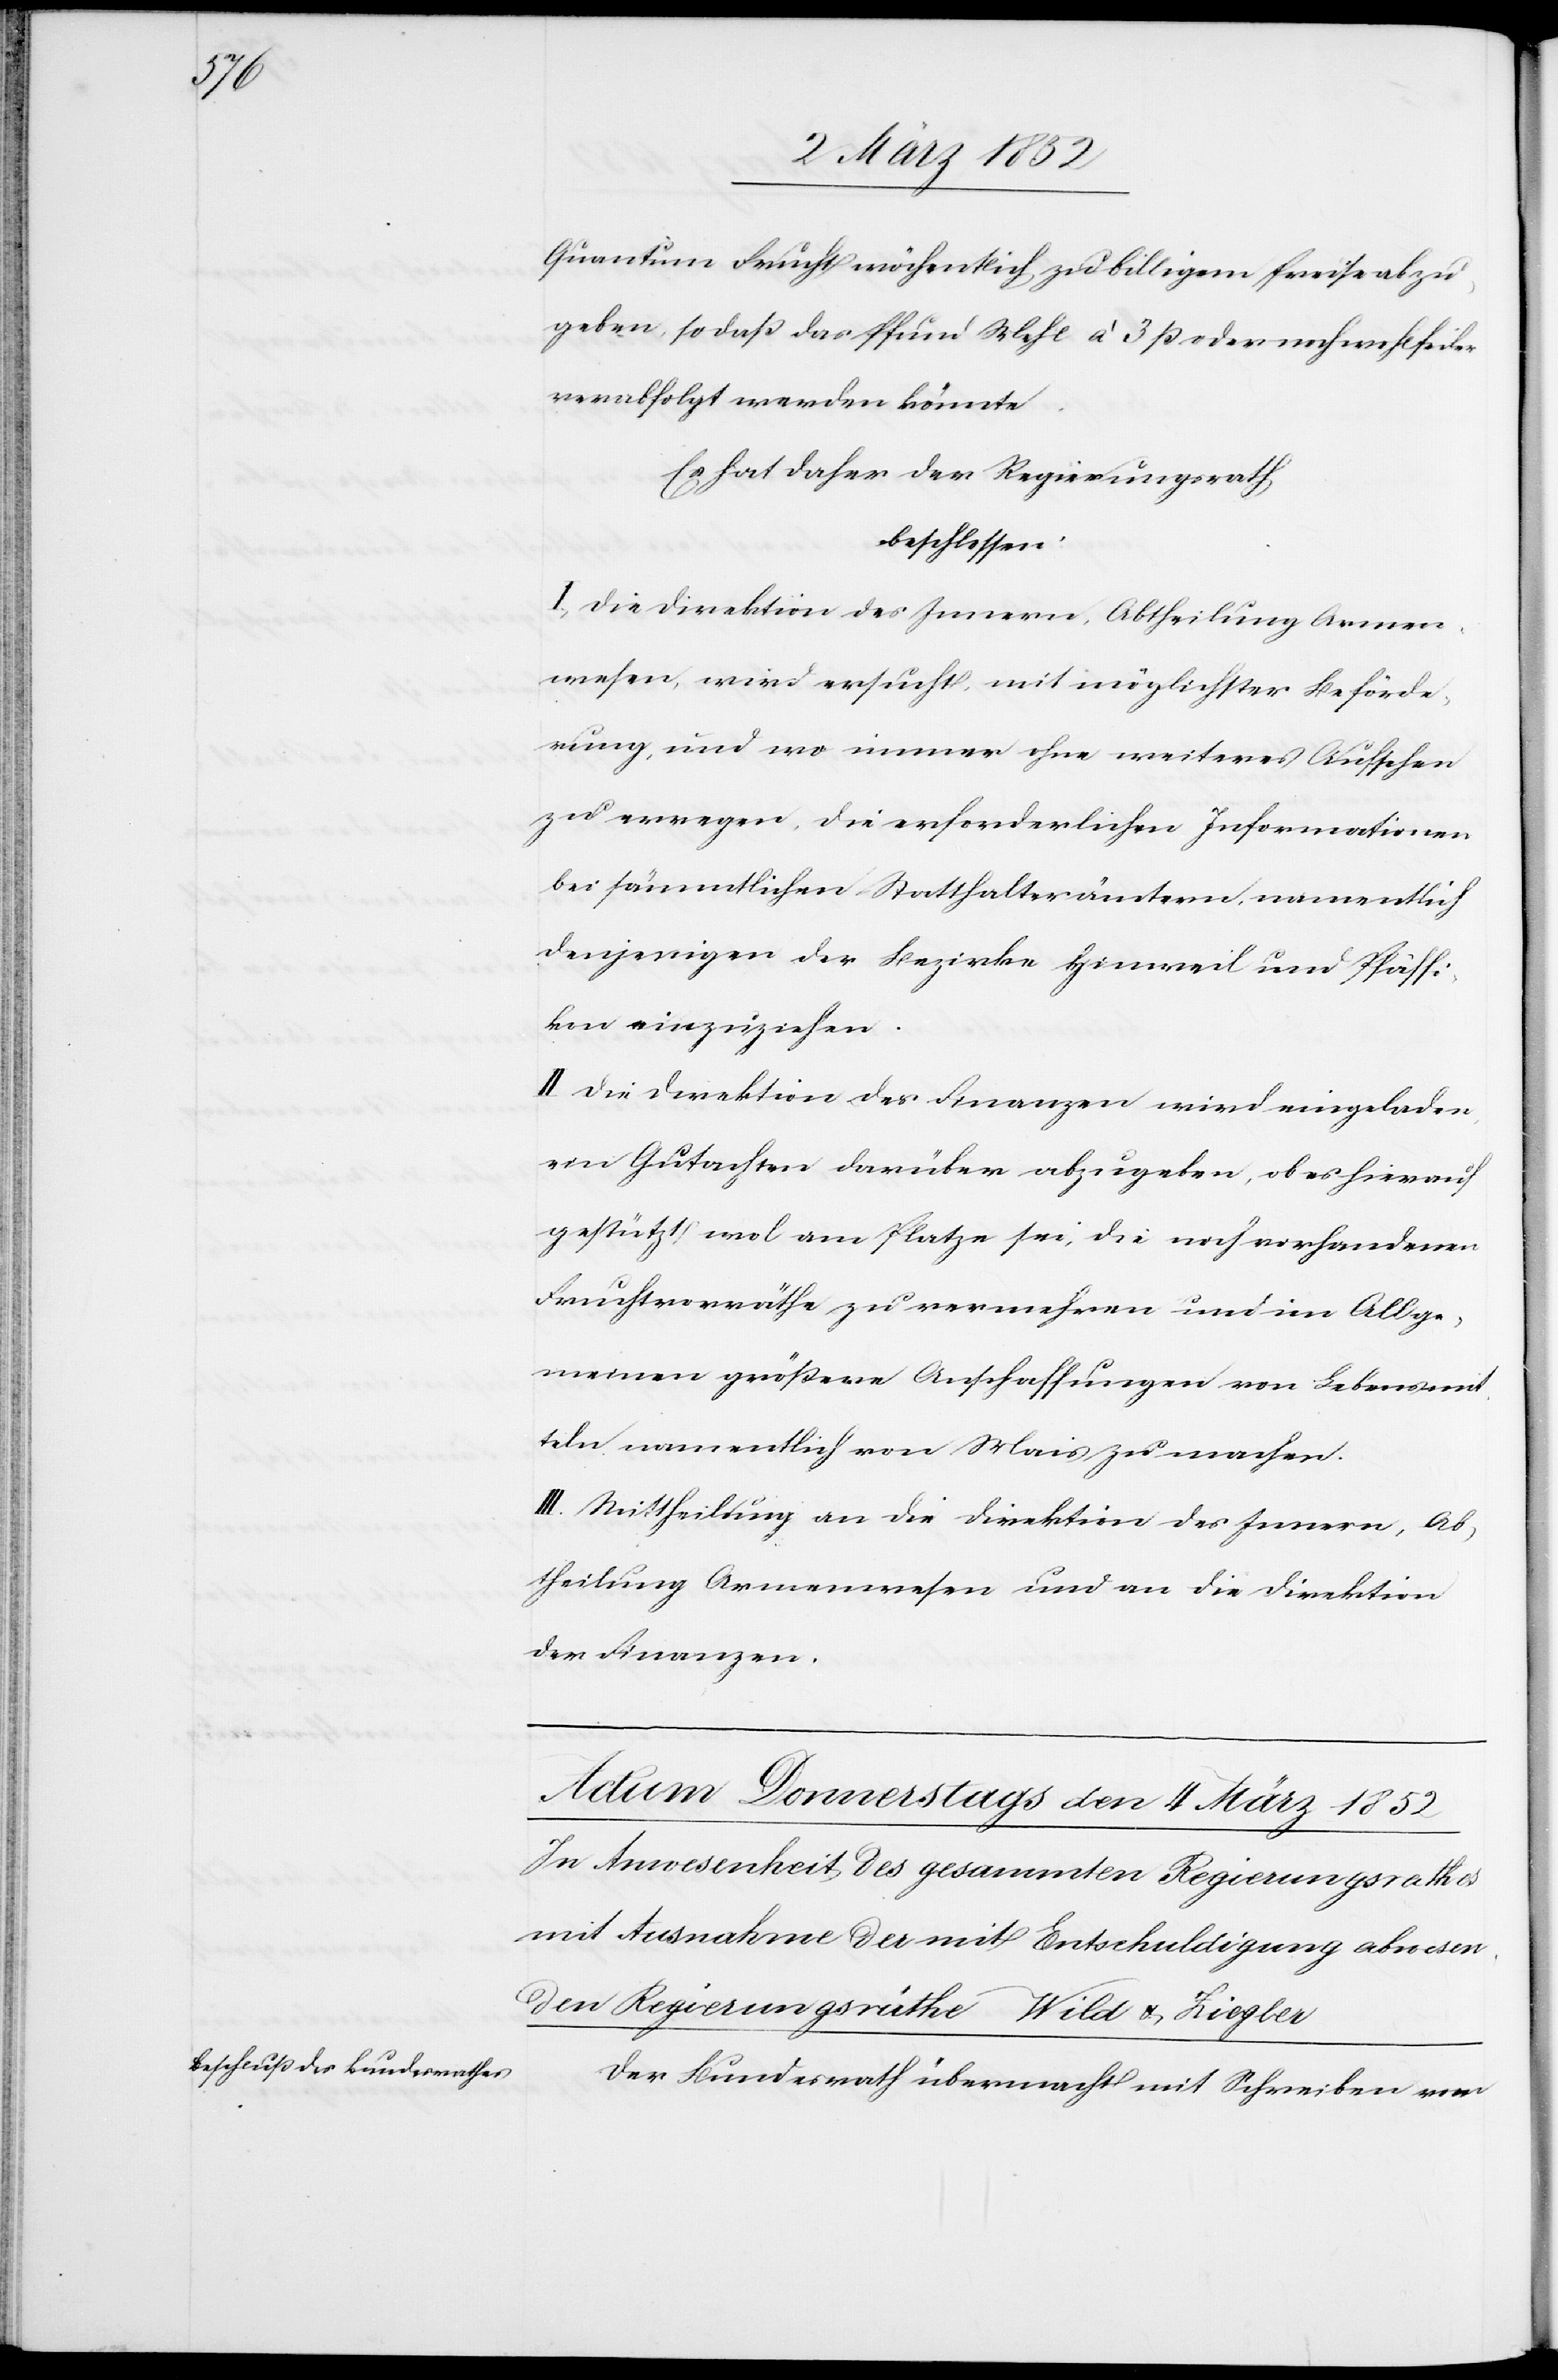
Quantum Frucht wöchentlich zu billigem Preis abzu¬
geben, so daß das Pfund Mehl à 3 ß oder noch wohlfeiler
verabfolgt werden könnte.
Es hat der Regierungsrath
beschlossen.
I.) Die Direktion des Innern, Abtheilung Armen¬
wesen, wird ersucht, mit möglichster Beförde¬
rung, und wo immer ohne weiteres Aufsehen
zu erregen, die erforderlichen Informationen
bei sämmtlichen Statthalterämtern, namentlich
denjenigen der Bezirke Hinweil und Pfäffi¬
kon einzuziehen.
II.) Die Direktion der Finanzen wird eingeladen,
ein Gutachten darüber abzugeben, ob es hierauf
gestützt wo[h]l am Platze sei, die noch vorhandenen
Fruchtvorräthe zu vermehren und im Allge¬
meinen größere Anschaffungen von Lebensmit¬
teln namentlich von Mais zu machen.
III. Mittheilung an die Direktion des Innern, Ab¬
theilung Armenwesen und an die Direktion
der Finanzen.
Der Bundesrath übermacht mit Schreiben vom